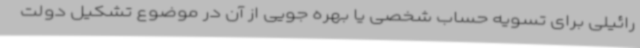
رائیلی برای تسویه حساب شخصی یا بهره جویی از آن در موضوع تشکیل دولت